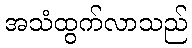
အသံထွက်လာသည်